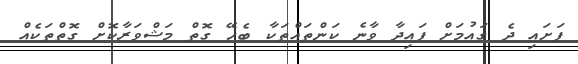
ފަށައި ދެ ގައުމަށް ފައިދާ ވާނެ ކަންތައްތަކާ ބެހޭ ގޮތް މަޝްވަރާކޮށް ގޮތްތަކެއް